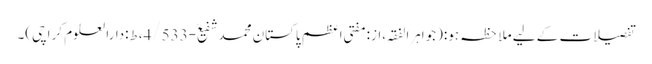
تفصیلات کے لیے ملاحظہ ہو:(جواہرالفقہ،از:مفتی اعظم پاکستان محمدشفیعؒ-4/533،ط:دارالعلوم کراچی)۔